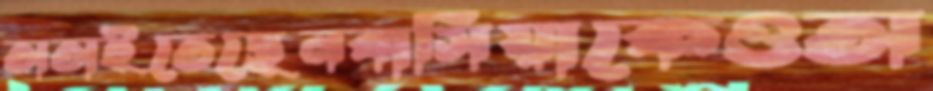
তাতাইতেছেনবাসিয়াকেওঅ